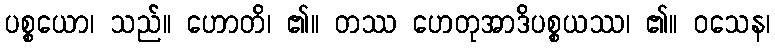
ပစ္စယော၊ သည်။ ဟောတိ၊ ၏။ တဿ ဟေတုအာဒိပစ္စယဿ၊ ၏။ ဝသေန၊